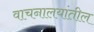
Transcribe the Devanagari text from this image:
वाचनालयांतील